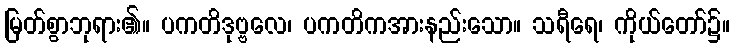
မြတ်စွာဘုရား၏။ ပကတိဒုဗ္ဗလေ၊ ပကတိကအားနည်းသော။ သရီရေ၊ ကိုယ်တော်၌။